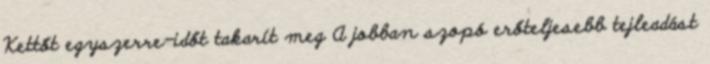
Kettőt egyszerre-időt takarít meg A jobban szopó erőteljesebb tejleadást